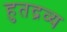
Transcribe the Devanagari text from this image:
हुतद्रव्य